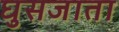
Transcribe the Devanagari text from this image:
घुसजाता